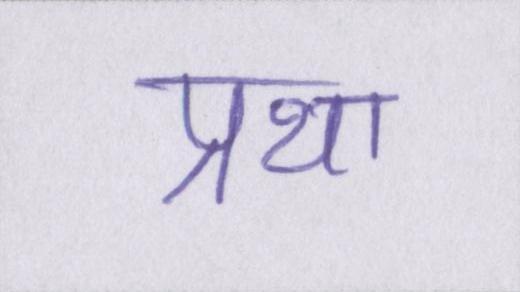
प्रथा